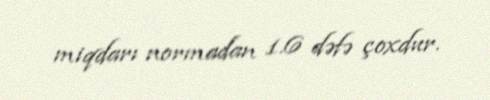
miqdarı normadan 1.6 dəfə çoxdur.